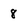
Character: 8